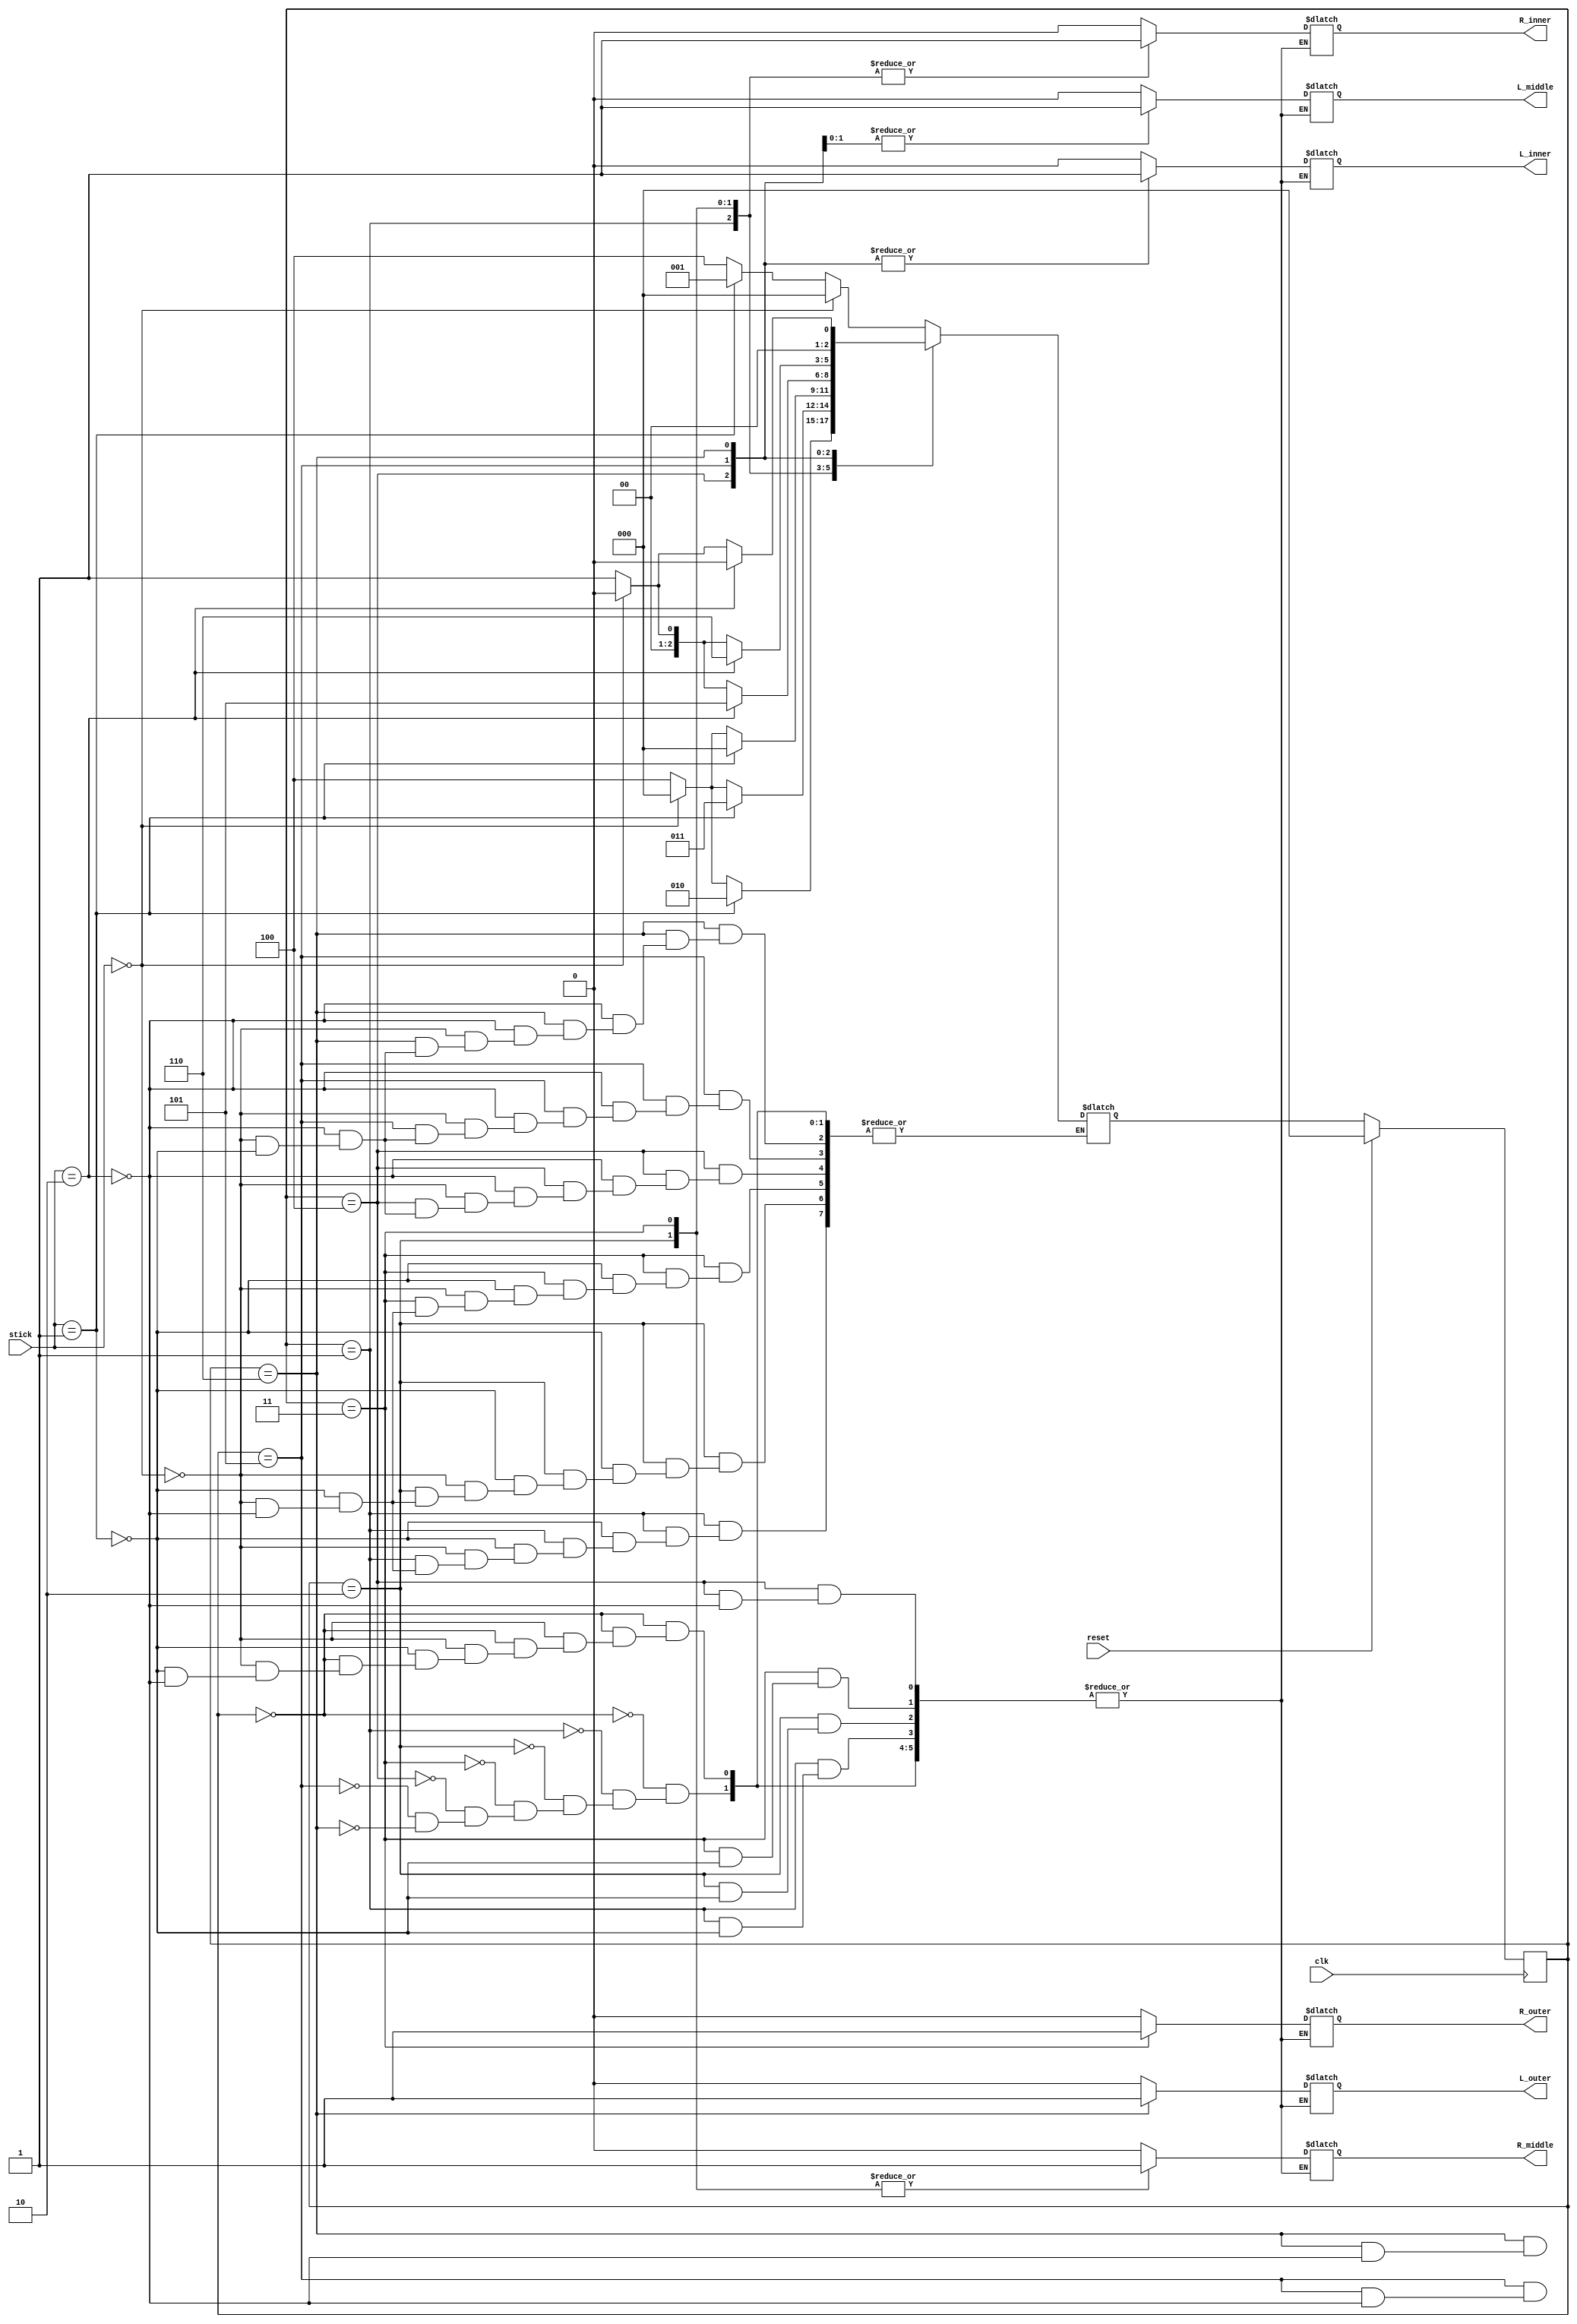
module Controller(
  input clk,       
  input reset,       // Reset signal
  input [1:0] stick, // 2-bit bus for stick position  
  output reg L_outer,   // Left outer light control
  output reg L_middle,  // Left middle light control
  output reg L_inner,   // Left inner light control
  output reg R_inner,   // Right inner light control
  output reg R_middle,  // Right middle light control
  output reg R_outer    // Right outer light control
);
reg [2:0] cs, ns;


always @(posedge clk) begin
	if (reset) cs <= 0;
	else cs<= ns;
end

always @(*) begin
  case (cs)
	0:	if (stick == 0) begin
			L_outer = 0;
			L_middle = 0;
			L_inner = 0;
			R_outer = 0;
			R_middle = 0;
			R_inner = 0;
			ns = 0;
		end
		else if (stick == 1) begin
			L_outer = 0;
			L_middle = 0;
			L_inner = 0;
			R_outer = 0;
			R_middle = 0;
			R_inner = 0;
			ns = 1;
		end
		else if (stick == 2) begin
			L_outer = 0;
			L_middle = 0;
			L_inner = 0;
			R_outer = 0;
			R_middle = 0;
			R_inner = 0;
			ns = 4;
		end
	1:	if (stick == 1) begin
			R_inner = 1;
			L_outer = 0;
			L_middle = 0;
			L_inner = 0;
			R_middle = 0;
			R_outer = 0;
			ns = 2;
		end
		else if (stick == 0) begin
			ns = 0;
		end
		else if (stick == 2) begin
			ns = 4;
		end
	2:	if (stick == 1) begin
			R_middle = 1;
			L_outer = 0;
			L_middle = 0;
			L_inner = 0;
			R_outer = 0;
			R_inner = 1;
			ns = 3;
		end
		else if (stick == 0) begin
			ns = 0;
		end
		else if (stick == 2) begin
			ns = 4;
		end
	3:	if (stick == 1) begin
			L_outer = 0;
			L_middle = 0;
			L_inner = 0;
			R_outer = 1;
			R_middle = 1;
			R_inner = 1;
			ns = 0;
		end
		else if (stick == 0) begin
			ns = 0;
		end
		else if (stick == 2) begin
			ns = 4;
		end
	4:	if (stick == 2) begin
			L_inner = 1;
			L_outer = 0;
			L_middle = 0;
			R_outer = 0;
			R_middle = 0;
			R_inner = 0;
			ns = 5;
		end
		else if (stick == 0) begin
			ns = 0;
		end
		else if (stick == 1) begin
			ns = 1;
		end
	5:	if (stick == 2) begin
			L_inner = 1;
			L_middle = 1;
			L_outer = 0;
			R_outer = 0;
			R_middle = 0;
			R_inner = 0;
			ns = 6;
		end
		else if (stick == 0) begin
			ns = 0;
		end
		else if (stick == 1) begin
			ns = 1;
		end
	6:	if (stick == 2) begin
			L_outer = 1;
			L_middle = 1;
			L_inner = 1;
			R_outer = 0;
			R_middle = 0;
			R_inner = 0;
			ns = 0;
		end
		else if (stick == 0) begin
			ns = 0;
		end
		else if (stick == 1) begin
			ns = 1;
		end
  endcase
end


endmodule